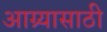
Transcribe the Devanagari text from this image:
आग्र्यासाठी